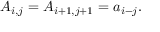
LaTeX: A _ { i , j } = A _ { i + 1 , j + 1 } = a _ { i - j } .